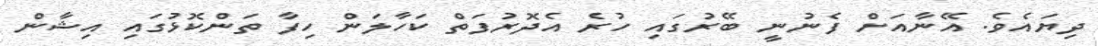
ދިޔައެވެ. އޭނާއަށް ފެނުނީ ބޭރުގައި ހުރެ އެދޮރުފަތް ކަހާލަން ހިފާ ތަންކޮޅުގައި އިޝާން